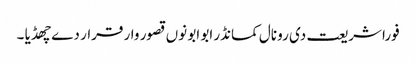
فورا شریعت دی رو نال کمانڈر ابو ابو نوں قصور وار قرار دے چھڈیا ۔